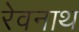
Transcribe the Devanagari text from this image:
रेवनाथ